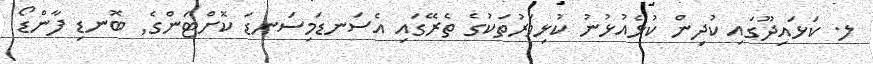
ލ. ކަޅައިދޫގައި ކުދިން ކުޅެއުޅުނު ކުޅިވަރުތަކުގެ ތެރޭގައި އެސަނޑަމިސަނޑަ ކޮށްޓަންގެ